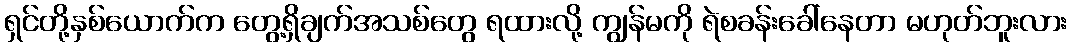
ရှင်တို့နှစ်ယောက်က တွေ့ရှိချက်အသစ်တွေ ရထားလို့ ကျွန်မကို ရဲစခန်းခေါ်နေတာ မဟုတ်ဘူးလား